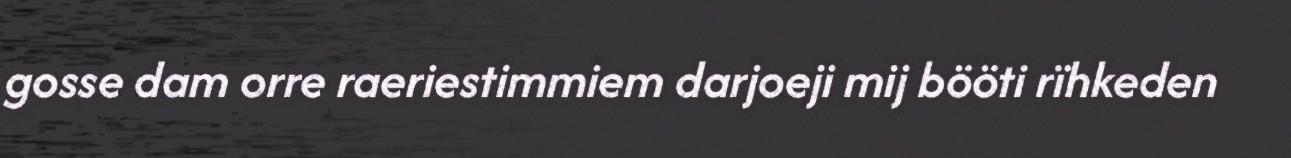
gosse dam orre raeriestimmiem darjoeji mij bööti rïhkeden